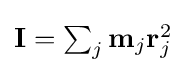
{\textstyle \mathbf {I} =\sum _{j}\mathbf {m} _{j}\mathbf {r} _{j}^{2}}